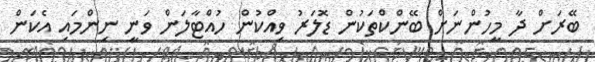
ބޭރަށް ދާ މީހުންނަށް ބޭންކްތަކުން ޑޮލަރު ވިއްކުން ހުއްޓާލަން ވަނީ ނިންމައި އެކަން